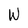
Character: W